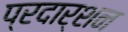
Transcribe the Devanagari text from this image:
प्रदार्शन